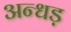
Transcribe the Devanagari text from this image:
अन्धड़